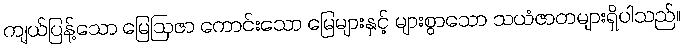
ကျယ်ပြန့်သော မြေဩဇာ ကောင်းသော မြေများနှင့် များစွာသော သယံဇာတများရှိပါသည်။